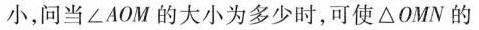
小，问当∠AOM的大小为多少时，可使△OMN的